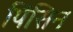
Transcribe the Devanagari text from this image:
पिंसिन